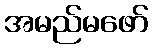
အမည်မဖော်